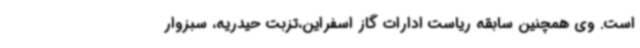
است. وی همچنین سابقه ریاست ادارات گاز اسفراین،تزبت حیدریه، سبزوار